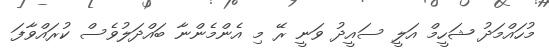
މުހައްމަދު ޝަހީމް އަލީ ސައީދު ވަނީ ރޭ މި އެންމެންނާ ބައްދަލުވެސް ކުރައްވާފަ